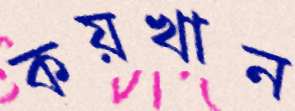
কয়খান